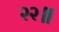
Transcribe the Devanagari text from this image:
२२॥